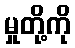
မှုတို့ကို